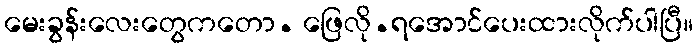
မေးခွန်းလေးတွေကတော. ဖြေလို.ရအောင်ပေးထားလိုက်ပါပြီ။